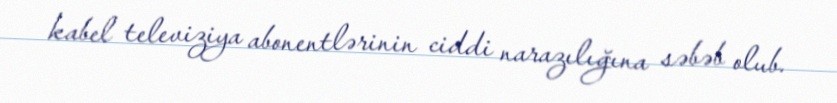
kabel televiziya abonentlərinin ciddi narazılığına səbəb olub.